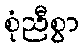
စုံညီစွာ